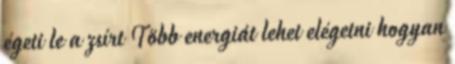
égeti le a zsírt Több energiát lehet elégetni hogyan